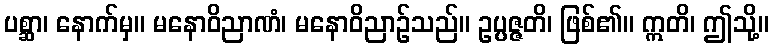
ပစ္ဆာ၊ နောက်မှ။ မနောဝိညာဏံ၊ မနောဝိညာဉ်သည်။ ဥပ္ပဇ္ဇတိ၊ ဖြစ်၏။ ဣတိ၊ ဤသို့။